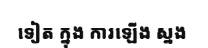
ទៀត ក្នុង ការឡើង ស្នង